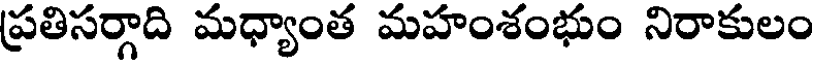
ప్రతిసర్గాది మధ్యాంత మహంశంభుం నిరాకులం